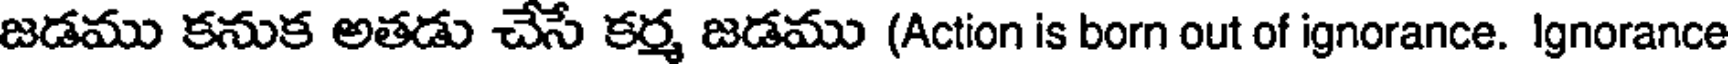
జడము కనుక అతడు చేసే కర్మ జడము (Action is born out of ignorance. Ignorance